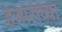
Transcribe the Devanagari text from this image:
हजाराव्या